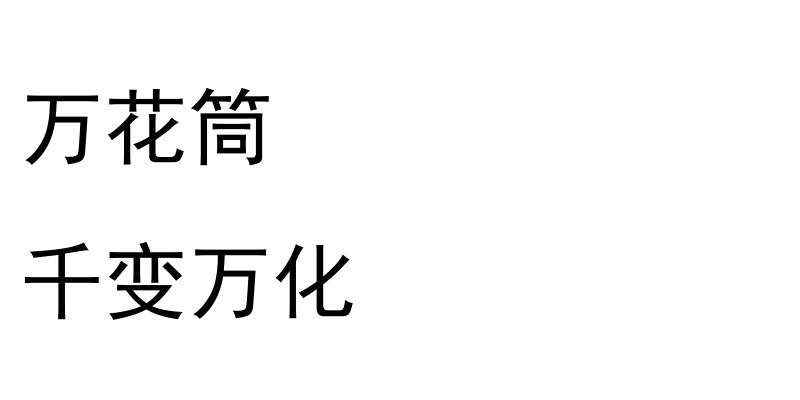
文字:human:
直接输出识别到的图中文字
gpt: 万花筒 千变万化